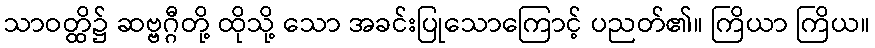
သာဝတ္ထိ၌ ဆဗ္ဗဂ္ဂီတို့ ထိုသို့ သော အခင်းပြုသောကြောင့် ပညတ်၏။ ကြိယာ ကြိယ။